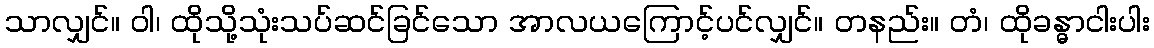
သာလျှင်။ ဝါ၊ ထိုသို့သုံးသပ်ဆင်ခြင်သော အာလယကြောင့်ပင်လျှင်။ တနည်း။ တံ၊ ထိုခန္ဓာငါးပါး